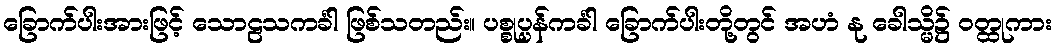
ခြောက်ပါးအားဖြင့် သောဠသကင်္ခါ ဖြစ်သတည်း။ ပစ္စုပ္ပန်ကင်္ခါ ခြောက်ပါးတို့တွင် အဟံ နု ခေါသ္မိ၌ ဝတ္ထုကား